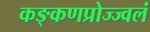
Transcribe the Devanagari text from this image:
कङ्कणप्रोज्ज्वलं